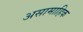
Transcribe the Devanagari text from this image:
असामाहिक